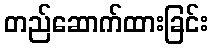
တည်ဆောက်ထားခြင်း